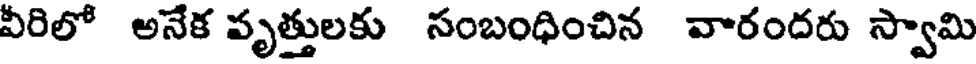
వీరిలో అనేక వృత్తులకు సంబంధించిన వారందరు స్వామి